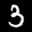
Label: 3